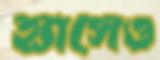
হ্যাসেও